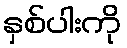
နှစ်ပါးကို